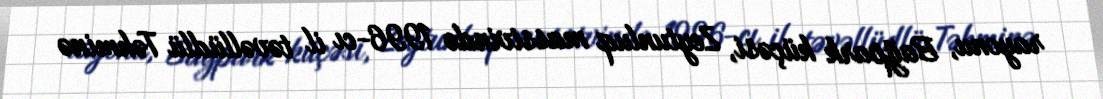
rayonu, Bağpark küçəsi, Zeytunluq massivində 1996-cı il təvəllüdlü Təhminə